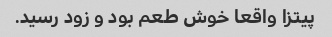
پیتزا واقعا خوش طعم بود و زود رسید.